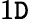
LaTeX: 1\mathtt{D}